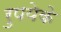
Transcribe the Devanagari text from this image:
रुपयेके